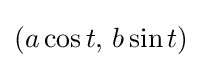
(a\cos t,\,b\sin t)